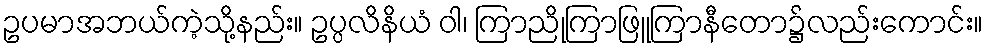
ဥပမာအဘယ်ကဲ့သို့နည်း။ ဥပ္ပလိနိယံ ဝါ၊ ကြာညိုကြာဖြူကြာနီတော၌လည်းကောင်း။